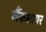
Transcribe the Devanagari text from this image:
लैंकशायर